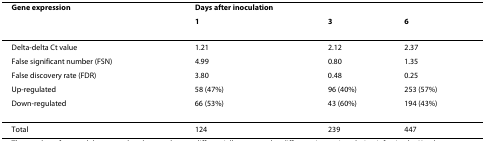
<table><thead><tr><td><b>Gene expression</b></td><td colspan="3"><b>Days after inoculation</b></td></tr><tr><td></td><td><b>1</b></td><td><b>3</b></td><td><b>6</b></td></tr></thead><tbody><tr><td>Delta-delta Ct value</td><td>1.21</td><td>2.12</td><td>2.37</td></tr><tr><td>False significant number (FSN)</td><td>4.99</td><td>0.80</td><td>1.35</td></tr><tr><td>False discovery rate (FDR)</td><td>3.80</td><td>0.48</td><td>0.25</td></tr><tr><td>Up-regulated</td><td>58 (47%)</td><td>96 (40%)</td><td>253 (57%)</td></tr><tr><td>Down-regulated</td><td>66 (53%)</td><td>43 (60%)</td><td>194 (43%)</td></tr><tr><td>Total</td><td>124</td><td>239</td><td>447</td></tr></tbody></table>